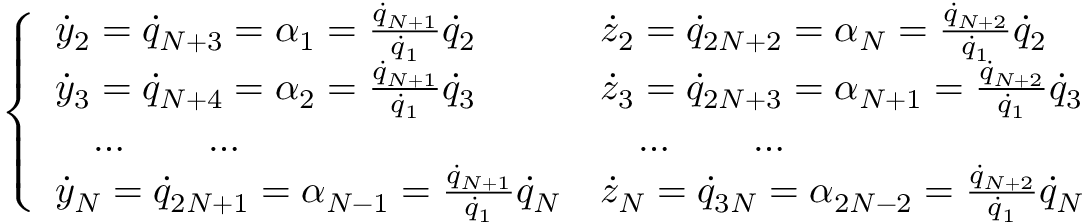
\left\{ \begin{array} { l l } { { \dot { y } } _ { 2 } = { \dot { q } } _ { N + 3 } = \alpha _ { 1 } = \frac { { \dot { q } } _ { N + 1 } } { { \dot { q } _ { 1 } } } { \dot { q } } _ { 2 } } & { { \dot { z } } _ { 2 } = { \dot { q } } _ { 2 N + 2 } = \alpha _ { N } = \frac { { \dot { q } } _ { N + 2 } } { { \dot { q } _ { 1 } } } { \dot { q } } _ { 2 } } \\ { { \dot { y } } _ { 3 } = { \dot { q } } _ { N + 4 } = \alpha _ { 2 } = \frac { { \dot { q } } _ { N + 1 } } { { \dot { q } _ { 1 } } } { \dot { q } } _ { 3 } } & { { \dot { z } } _ { 3 } = { \dot { q } } _ { 2 N + 3 } = \alpha _ { N + 1 } = \frac { { \dot { q } } _ { N + 2 } } { { \dot { q } _ { 1 } } } { \dot { q } } _ { 3 } } \\ { \quad \dots \qquad \dots } & { \quad \dots \qquad \dots } \\ { { \dot { y } } _ { N } = { \dot { q } } _ { 2 N + 1 } = \alpha _ { N - 1 } = \frac { { \dot { q } } _ { N + 1 } } { { \dot { q } _ { 1 } } } { \dot { q } } _ { N } } & { { \dot { z } } _ { N } = { \dot { q } } _ { 3 N } = \alpha _ { 2 N - 2 } = \frac { { \dot { q } } _ { N + 2 } } { { \dot { q } _ { 1 } } } { \dot { q } } _ { N } } \end{array} \right.